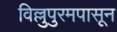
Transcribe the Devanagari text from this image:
विल्लुपुरमपासून